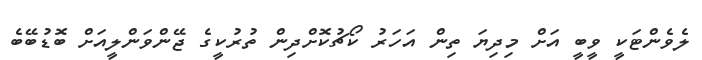
ލެވެންޓަކީ ވީބީ އަށް މިދިޔަ ތިން އަހަރު ކޯޗުކޮށްދިން ތުރުކީގެ ޖޭންވަންލީއަށް ބޮޑުބޭބެ